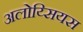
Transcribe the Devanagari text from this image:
अलोय्सियस